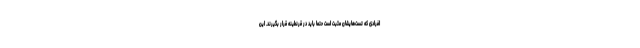
افرادی که تست‌هایشان مثبت است حتماً باید در قرنطینه قرار بگیرند. این